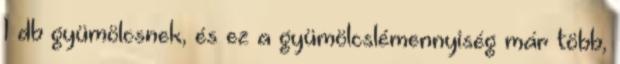
1 db gyümölcsnek, és ez a gyümölcslémennyiség már több,